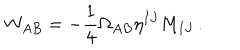
LaTeX: W _ { A B } = - { \frac { 1 } { 4 } } \Omega _ { A B } \eta ^ { I J } M _ { I J } \, .